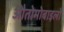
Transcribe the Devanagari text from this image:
औतोमोबाइलों